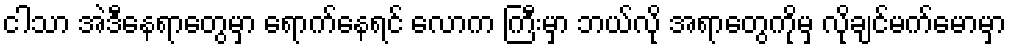
ငါသာ အဲဒီနေရာတွေမှာ ရောက်နေရင် လောက ကြီးမှာ ဘယ်လို အရာတွေကိုမှ လိုချင်မက်မောမှာ